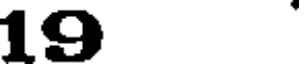
19